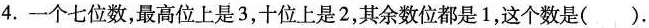
4.一个七位数，最高位上是3，十位上是2，其余数位都是1，这个数是（）.